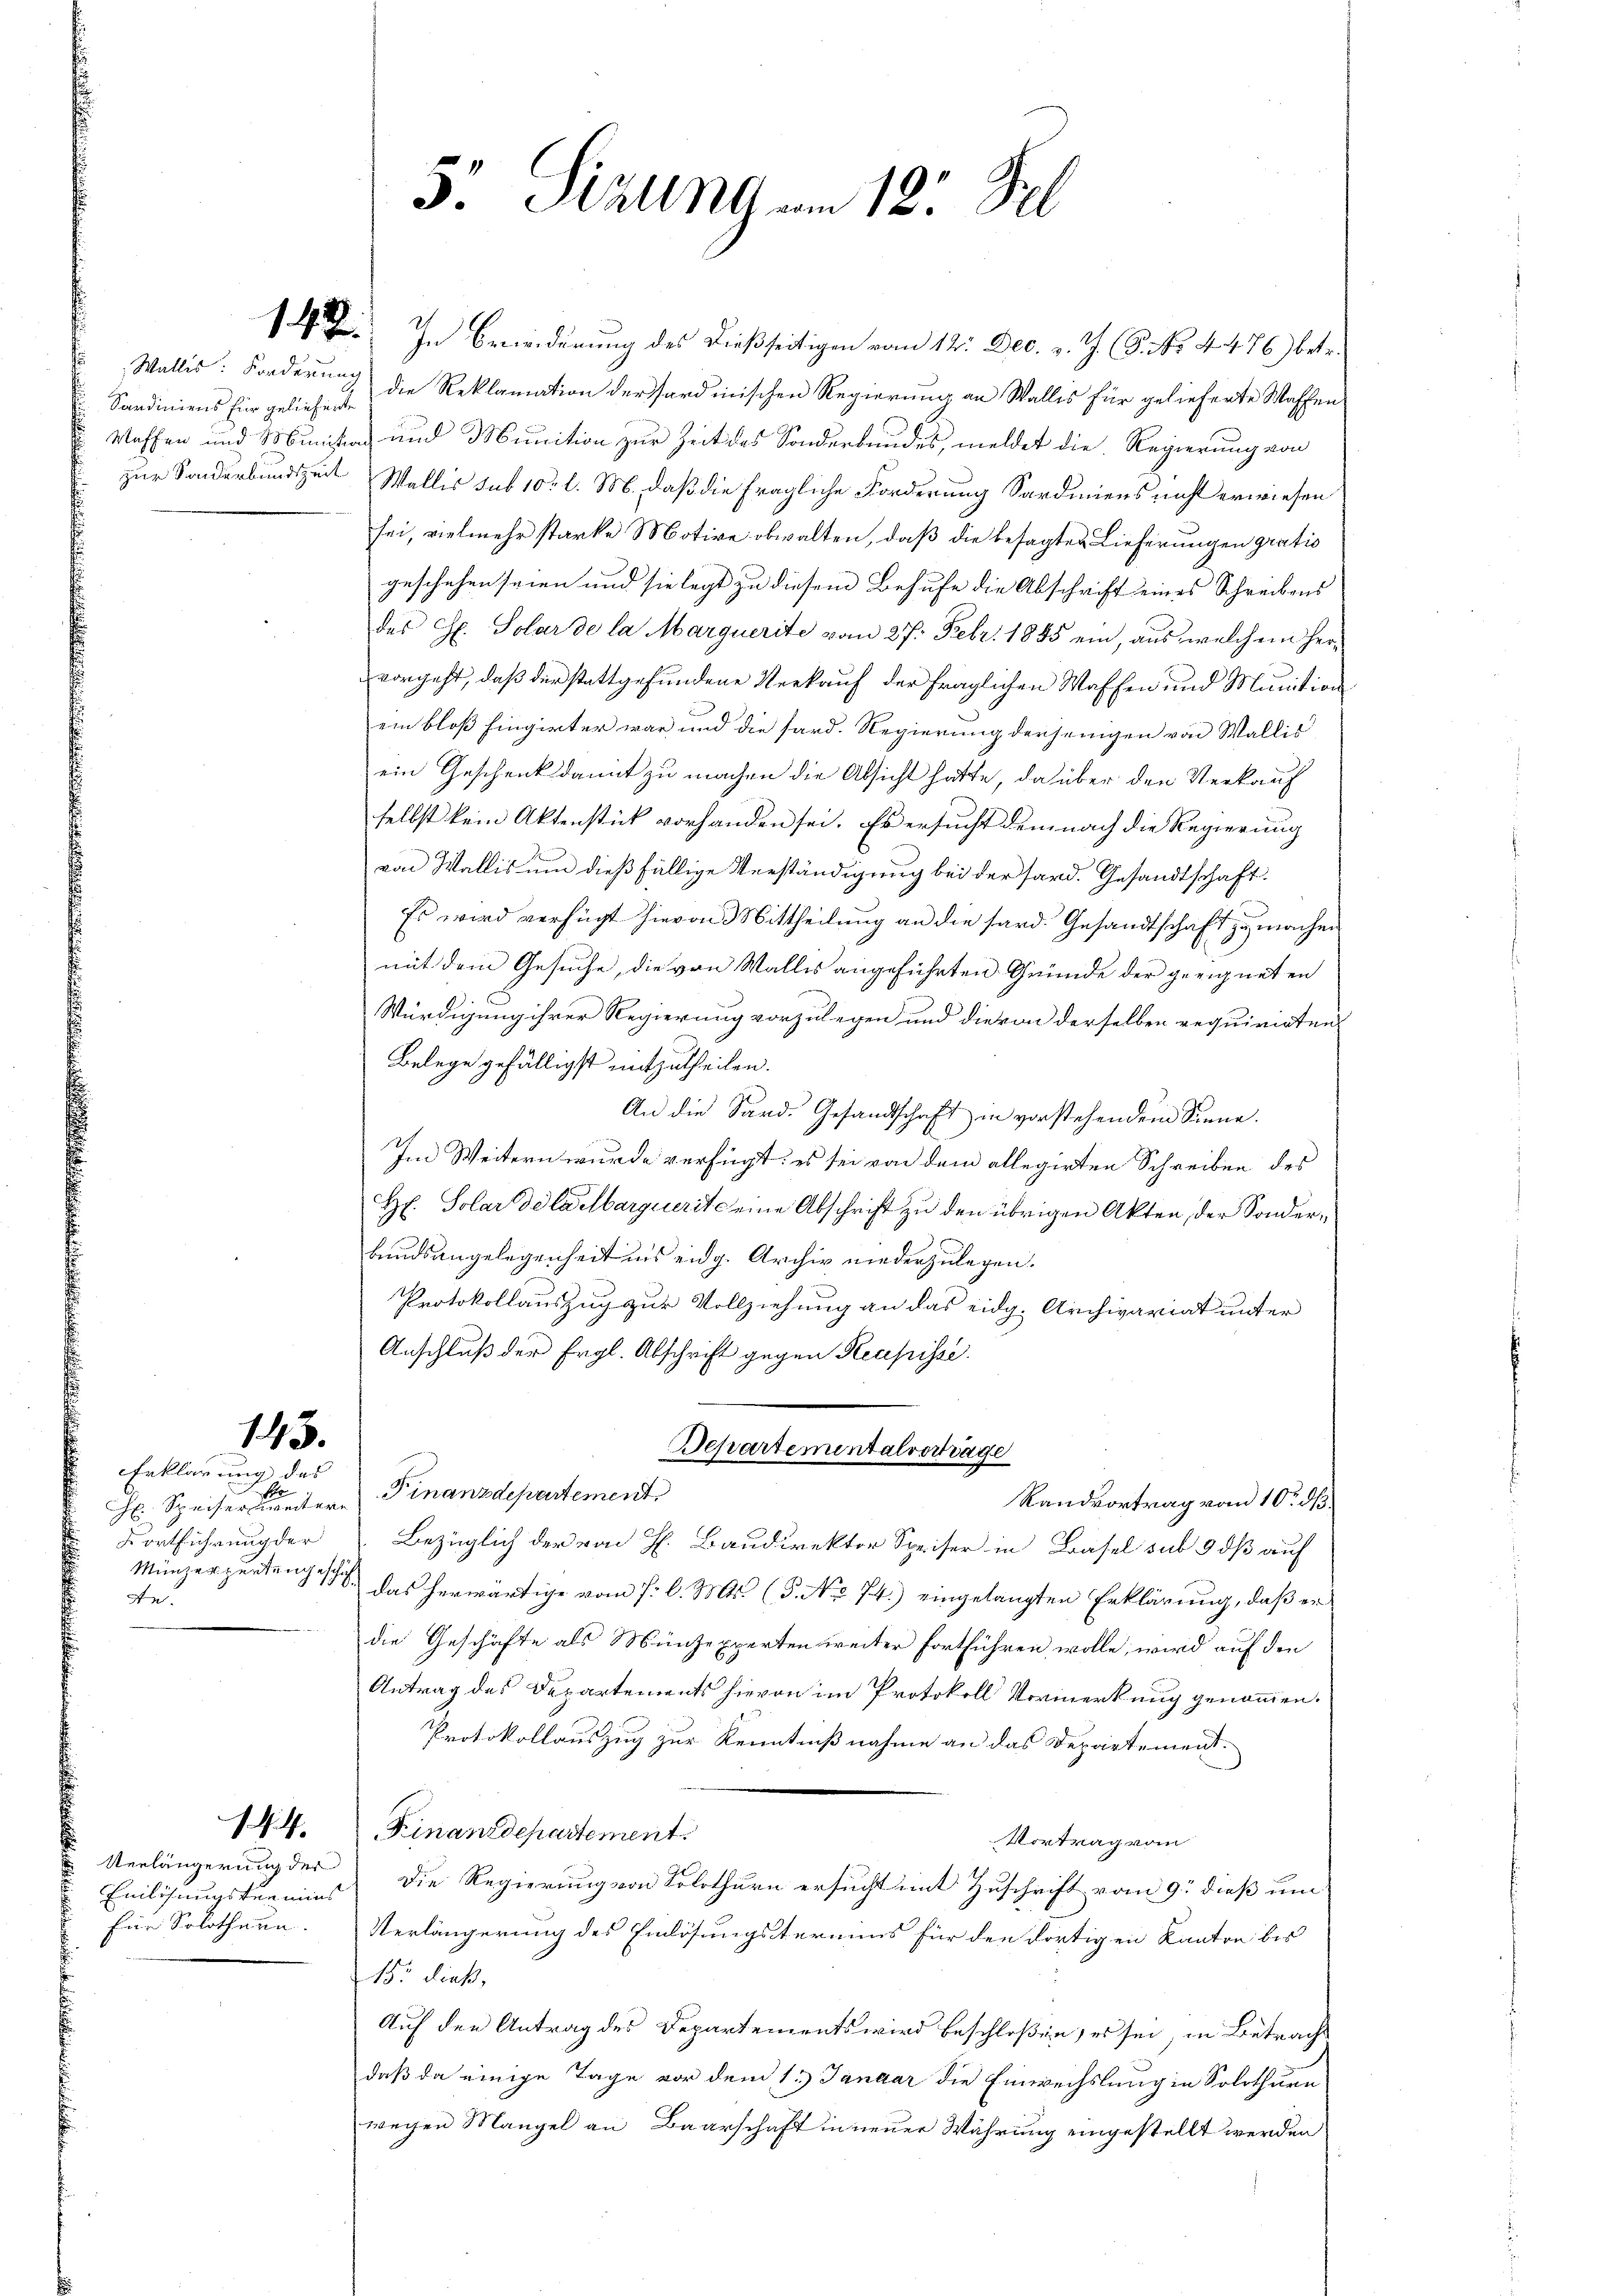
145.

144.

Sardiniens für geliehente
zur Sonderbundtzeit

Erklärung des
o
h Speiser weitere
Kortführung der
An

Verlängerung der
Einlösungsten mins
Eine Solothurn.

12. F. In Beeinderŭng des dießseitigen vom 12. Dec. v. J. P. Nr. 4476) betr.
Wallis: Forderung die Reklamation der Sardinischen Regierung an Wallis für gelieferte Waffen
Waffen und Ministian und Munition zur Zeit des Sonderbundes, meldet die Regierung von
Wallis sub 10 l. M. daß die fragliche Forderung Sardiniens nicht erwiesen
sei, vielmehr starke Motive obwalten, daß die besagten Lieferungen gratio
geschehen seien und sie legt zu diesem Behufe die Abschrift eines Schreibens
des H. Solar de la Marquerite vom 27. Febr. 1845 ein, aus welchem her-
vorgeht, daß der stattgefundene Verkauf der fraglichen Waffen und Munition
ein bloß hingirter war und die sard. Regierung derjenigen von Wallis
ein Geschenk damit zu machen die Absicht hatte, da über den Verkauf
selbst kein Aktenstick vorhanden sei. Es ersucht demnach die Regierung
von Wallis um dießfällige Verständigung bei der sard. Gesandtschaft
Es wird verfügt hievon Mittheilung an die sard. Gesandtschaft zu machen
mit dem Gesuche, die von Wallis angeführten Gründe der geeigneten
Würdigung ihrer Regierung vorzulegen und die von derselben requirirten
Belege gefälligst mitzutheilen.
An die Sand. Gesandtschaft in vorstehendem Sinne.
In Weitern wurde verfügt: es sei von dem allegirten Schreiben des
Hr. Solar de laelbarguerit eine Abschrift zu den übrigen Akten, der Sonderbundsangelegenheit ins eidg. Archiv niederzulegen.
Protokollauszug zur Vollziehung an das eidg. Archivariat unter
Anschluß der Ergl. Abschrift gegen Heupisse
Bepartementalvertrage
Finanzdepartement
Randvortrag vom 10. dß.
Bezüglich der von H. Baudirektor Speiser in Basel sub 9 dß auf
Münzerpertengesche das herwärtige vom 7. d. Mts. (5. No 74.) eingelangten Erklärung, daß er
die Geschäfte als Münzexperten weiter fortführen wolle, wird auf den
Antrag des Departements hievon im Protokoll Vormerkung genommen.
Protokollauszug zur Kenntnißnahme an das Departement¬
Finanzdepartement.
Vortrag vom
Die Regierung von Solothurn ersucht mit Zuschrift vom 9. dieß um
Verlängerung des Endösungsteriums für den dortigen Kanton bis
15: dieß,
Auf den Antrag des Departements wird beschloßen, es sei, in Betracht
daß da einige Tage vor dem 1. Januar die Einwechslung in Solothurn
wegen Mangel an Baarschaft in neuer Währung eingestellt werden

5: Sizung vom 12. Feb